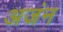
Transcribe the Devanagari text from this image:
अजंन